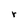
Character: r